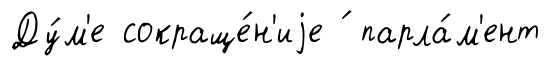
Ду́м'е сокраще́н'иjе ́ парла́м'ент